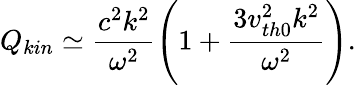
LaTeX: Q_{kin}\simeq\frac{c^{2}k^{2}}{\omega^{2}}\left(1+\frac{3v_{th0}^{2}k^{2}}{\omega^{2}}\right).